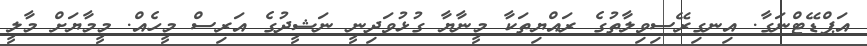
އަޕްޑޭޓްނަގާ. އިނގިރޭސިވިލާތުގެ ރައްޔިތަކާ މީނާޔާ ގުޅުވަދިނީ ނަޝީދުގެ އަރިސް މީހެއް. މީމާޔަށް މާލީ